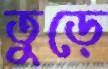
তুড়ে